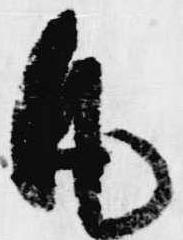
凡